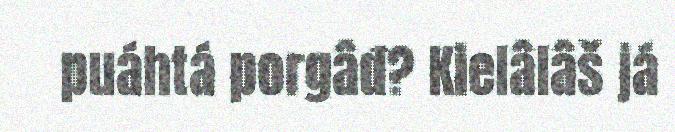
puáhtá porgâđ? Kielâlâš já